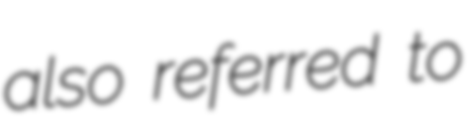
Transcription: also referred to